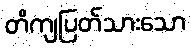
တိကျပြတ်သားသော